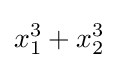
x_{1}^{3}+x_{2}^{3}